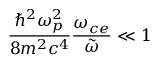
\frac { \hbar ^ { 2 } \omega _ { p } ^ { 2 } } { 8 m ^ { 2 } c ^ { 4 } } \frac { \omega _ { c e } } { \Tilde { \omega } } \ll 1